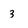
Character: 3